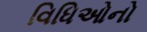
વિધિઓનો